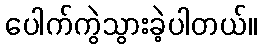
ပေါက်ကွဲသွားခဲ့ပါတယ်။